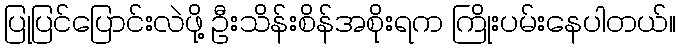
ပြုပြင်ပြောင်းလဲဖို့ ဦးသိန်းစိန်အစိုးရက ကြိုးပမ်းနေပါတယ်။